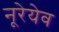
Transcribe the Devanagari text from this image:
नूरेयेव